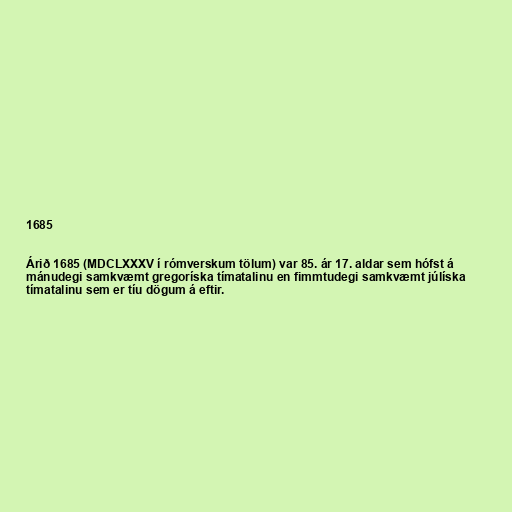
1685

Árið 1685 (MDCLXXXV í rómverskum tölum) var 85. ár 17. aldar sem hófst á
mánudegi samkvæmt gregoríska tímatalinu en fimmtudegi samkvæmt júlíska
tímatalinu sem er tíu dögum á eftir.